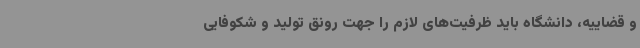
و قضاییه، دانشگاه باید ظرفیت‌های لازم را جهت رونق تولید و شکوفایی